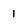
Character: 1